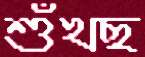
শুঁখছ